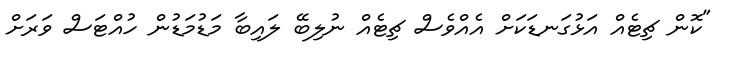
"ކޮން ޗިޓެއް އަޅުގަނޑަކަށް އެއްވެސް ޗިޓެއް ނުލިބޭ ލައިބާ މަޑުމަޑުން ހުއްޓަސް ވަރަށް